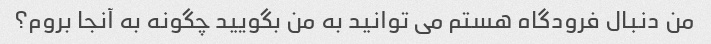
من دنبال فرودگاه هستم می توانید به من بگویید چگونه به آنجا بروم؟